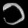
Digit: ၁